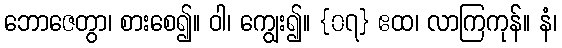
ဘောဇေတွာ၊ စားစေ၍။ ဝါ၊ ကျွေး၍။ {၀၇} ဧထ၊ လာကြကုန်။ နံ၊